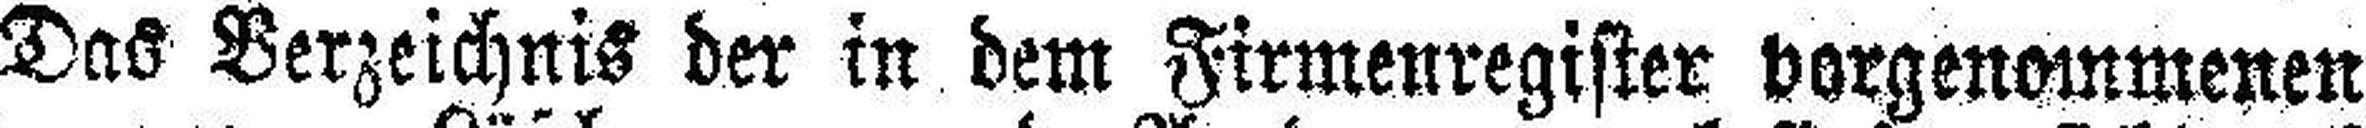
Das Verzeichnis der in dem Firmenregister vorgenommenen